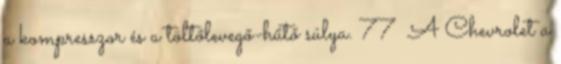
a kompresszor és a töltőlevegő-hűtő súlya. 77 A Chevrolet a